Code of medical and sanitary regulations for the guidance of medical officers serving in the Madras Presidency - Volume II
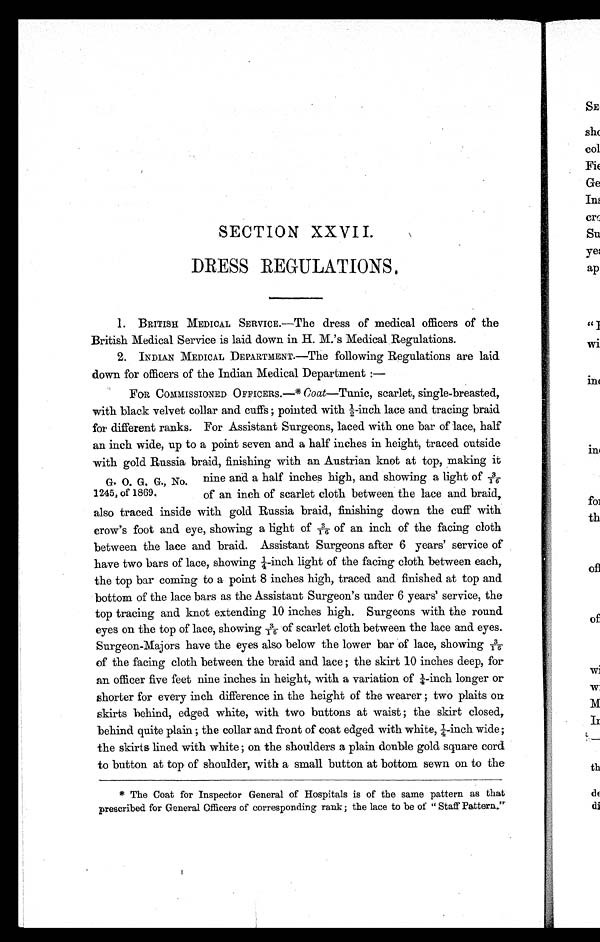
SECTION XXVII.
DRESS REGULATIONS.
1.
BRITISH MEDICAL SERVICE.
—
The dress of medical officers of the
British Medical Service is laid down in H. M.'s Medical Regulations.
2.
INDIAN MEDICAL DEPARTMENT.—The following Regulations are laid.
down for officers of the Indian Medical Department :-
FOR COMMISSIONED OFFICERS.—* Coat—Tunic, scarlet, single-breasted,
with black velvet collar and cuffs ; pointed with ½-inch lace and tracing braid
for different ranks. For Assistant Surgeons, laced with one bar of lace, half
an inch wide, up to a point seven and a half inches in height, traced outside
with gold Russia braid, finishing with an Austrian knot at top, making it
G. 0. G, G., No. nine and a half inches high, and showing a light of
3/16 1245, of 1860. of an inch of scarlet cloth between the lace and braid,
also traced inside with gold Russia braid, finishing down the cuff with
crow's foot and eye, showing a light of 3/16 of an inch of the facing cloth
between the lace and braid. Assistant Surgeons after 6 years' service of
have two bars of lace, showing ¼-inch light of the facing cloth between each,
the top bar coming to a point 8 inches high, traced and finished at top and
bottom of the lace bars as the Assistant Surgeon's under 6 years' service, the
top tracing and knot extending 10 inches high. Surgeons with the round
eyes on the top of lace, showing 3/16 of scarlet cloth between the lace and eyes.
Surgeon-Majors have the eyes also below the lower bar of lace, showing 3/16
of the facing cloth between the braid and lace; the skirt 10 inches deep, for
an officer five feet nine inches in height, with a variation of ¼-inch longer or
shorter for every inch difference in the height of the wearer; two plaits on
skirts behind, edged white, with two buttons at waist; the skirt closed,
behind quite plain; the collar and front of coat edged with white, ¼-inch wide;
the skirts lined with white ; on the shoulders a plain double gold square cord.
to button at top of shoulder, with a small button at bottom sewn on to the
* The Coat for Inspector General of Hospitals is of the same pattern as that
prescribed for General Officers of corresponding rank; the lace to be of "Staff Pattern."